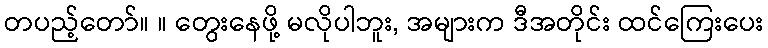
တပည့်တော်။ ။ တွေးနေဖို့ မလိုပါဘူး, အများက ဒီအတိုင်း ထင်ကြေးပေး